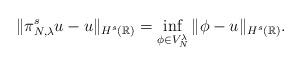
LaTeX: \begin{align*}\| \pi_{N,\lambda}^{s} u-u \|_{H^s(\mathbb R)}=\inf_{\phi\in V_N^\lambda} \|\phi-u \|_{H^s(\mathbb R)}.\end{align*}